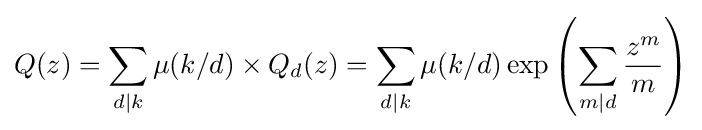
Q(z)=\sum _{d\mid k}\mu (k/d)\times Q_{d}(z)=\sum _{d\mid k}\mu (k/d)\exp \left(\sum _{m\mid d}{\frac {z^{m}}{m}}\right)